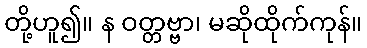
တို့ဟူ၍။ န ဝတ္တဗ္ဗာ၊ မဆိုထိုက်ကုန်။